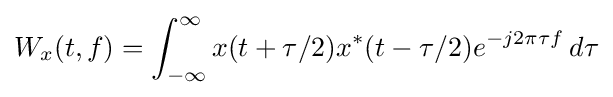
W_{x}(t,f)=\int _{-\infty }^{\infty }x(t+\tau /2)x^{*}(t-\tau /2)e^{-j2\pi \tau f}\,d\tau